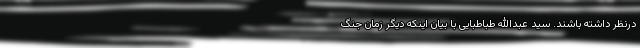
درنظر داشته باشند. سید عبدالله طباطبایی با بیان اینکه دیگر زمان جنگ